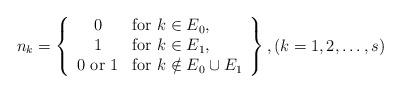
LaTeX: \begin{align*} n_k=\left\{\begin{array}{cl} 0&\hbox{for }k\in E_0,\\ 1&\hbox{for }k\in E_1,\\ 0\hbox{ or }1&\hbox{for }k\notin E_0\cup E_1 \end{array}\right\}, (k=1,2,\ldots,s)\end{align*}